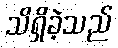
သိရှိခဲ့သည်